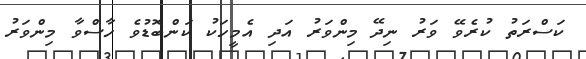
ކަސްރަތު ކުރެވޭ ވަރު ނިދޭ މިންވަރު އަދި އެމީހަކު ކަންބޮޑުވެ ހާސްވާ މިންވަރު